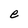
Character: e